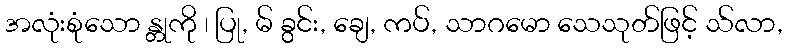
အလုံးစုံသော န္တုကို ၊ ပြု, မ် ခွင်း, ချေ, ကပ်, သာဂမော သေသုတ်ဖြင့် သ်လာ,